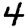
Digit: 4